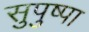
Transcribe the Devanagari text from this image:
सुपुष्पा